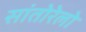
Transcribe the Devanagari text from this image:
सांतोरेलो